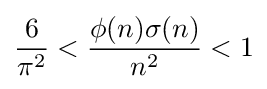
{\frac {6}{\pi ^{2}}}<{\frac {\phi (n)\sigma (n)}{n^{2}}}<1